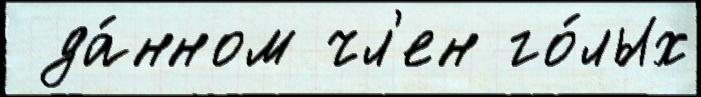
 да́нном чл'ен го́лых